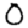
Digit: 0